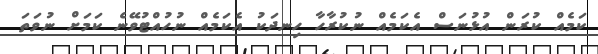
ކަމެއް ކުރަން އުޅުނަސް އެކަމެއް ނުކުރާހާ ހިނދަކު އެކަމެއް ނުހުއްޓުވޭނެ ކަމަށް ނުވަތަ